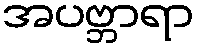
အပဗ္ဘာရာ